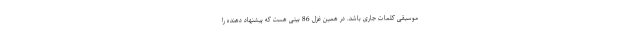
موسیقی کلمات جاری باشد. در همین غزل 86 بیتی هست که پیشنهاد دهنده را